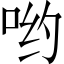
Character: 哟